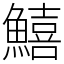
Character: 鱚